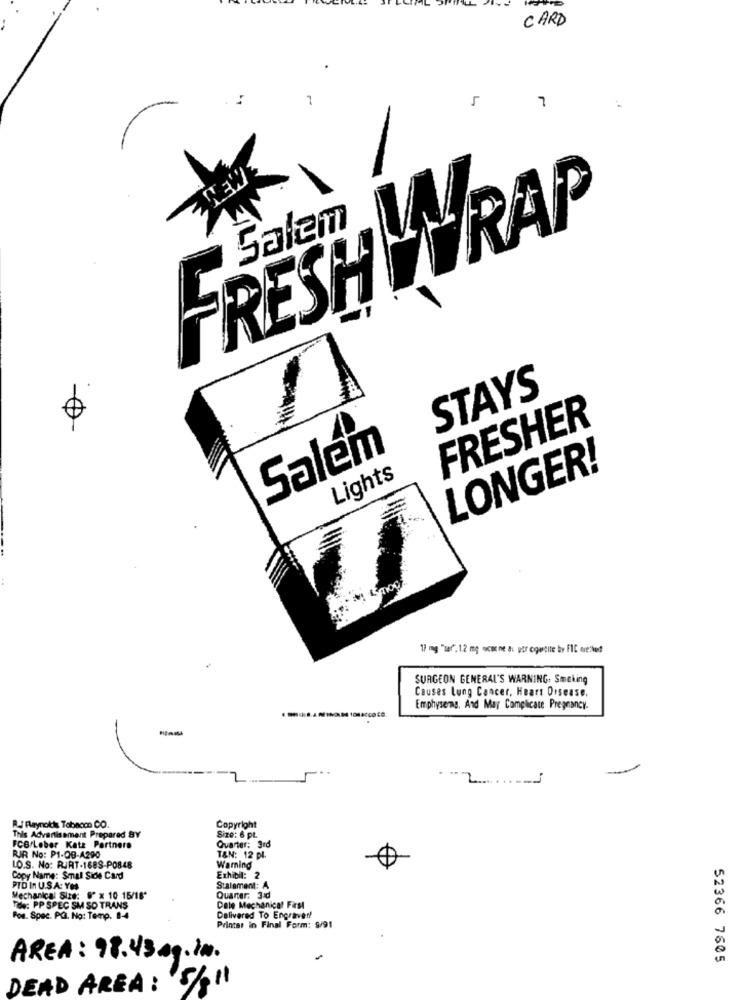
CARD
5
WEWE
FRESH WRAP
Salem
STAYS
FRESHER
Salem
LONGER!
Lights
17 mg "tar". 1.2 mg ocm ne ai por cquelle by Fll merket
SURGEON GENERAL'S WARNING: Smoking
Causes Lung Cancer, Heart Disease.
Emphysema, And May Complicate Pregnancy-
--
2.
A. Raynotis Tabaom CO.
Copyright
This Advertisement Prepared BY
Size: 6 pt.
FCB/Leber Kate Partners
Quarter: 3rd
RIR No: P1-QB-A290
T&N: 12 pl.
LO.S. No: RURT-1688-PO848
Warning
Copy Name: Small Side Card
Exhibit: 2
PTD In U.S.A: YES
Stalament: A
Mechanical Size: 8" x 10 15/16*
Quarter: 3d
Tle: PP SPEC SM SO TRANS
Dale Mechanical Fast
Pos. Spec. PG. No: Temp. 84
Delivered To Engrave !!
Printer in Final Form: 9/91
AREA : 98.43 mg
in.
52366 7605
DEAD AREA : 5/11